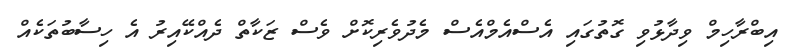
އިބްރާހިމް ވިދާޅުވި ގޮތުގައި އެސްއެމްއެސް މެދުވެރިކޮށް ވެސް ޒަކާތް ދެއްކޭއިރު އެ ހިސާބުތަކެއް